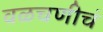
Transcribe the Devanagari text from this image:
वळचणीचं